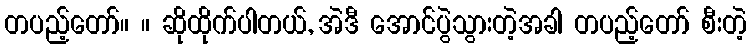
တပည့်တော်။ ။ ဆိုထိုက်ပါတယ်, အဲဒီ အောင်ပွဲသွားတဲ့အခါ တပည့်တော် စီးတဲ့